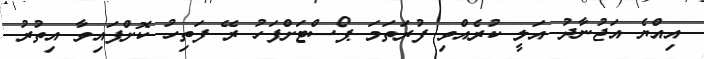
އިއްޔެ އަޖުނާދު އަލީ ކުރެއްވި ފުރަތަމަ ޕޯސްޓަށްފަހު ރޭ ފަތިހު ކޮށްފައިވާ އިތުރު